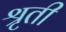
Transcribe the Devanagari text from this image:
श्रृती